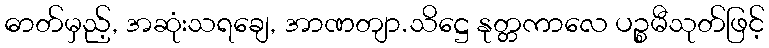
ဓာတ်မှည့်, အဆုံးသရချေ, အာဏတျာ.သိဋ္ဌေ နုတ္တကာလေ ပဉ္စမီသုတ်ဖြင့်